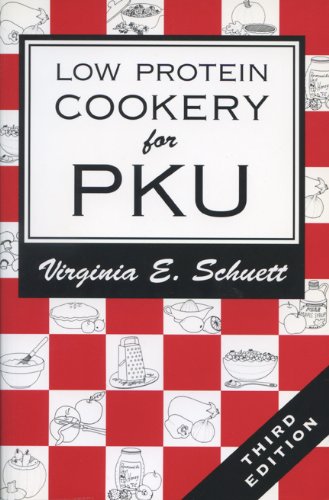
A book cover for Low Protein Cookery for Phenylketonuria; Virginia E. Schuett; Health, Fitness & Dieting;